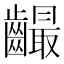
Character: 𪙦